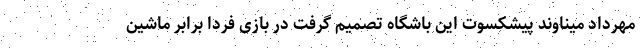
مهرداد میناوند پیشکسوت این باشگاه تصمیم گرفت در بازی فردا برابر ماشین